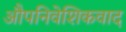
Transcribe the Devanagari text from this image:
औपनिवेशिकवाद